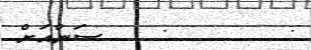
:      :   ސަންއަށް